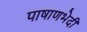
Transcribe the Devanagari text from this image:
पाषाणभेदी